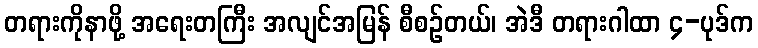
တရားကိုနာဖို့ အရေးတကြီး အလျင်အမြန် စီစဉ်တယ်၊ အဲဒီ တရားဂါထာ ၄-ပုဒ်က